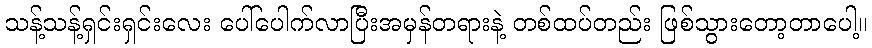
သန့်သန့်ရှင်းရှင်းလေး ပေါ်ပေါက်လာပြီးအမှန်တရားနဲ့ တစ်ထပ်တည်း ဖြစ်သွားတော့တာပေါ့။